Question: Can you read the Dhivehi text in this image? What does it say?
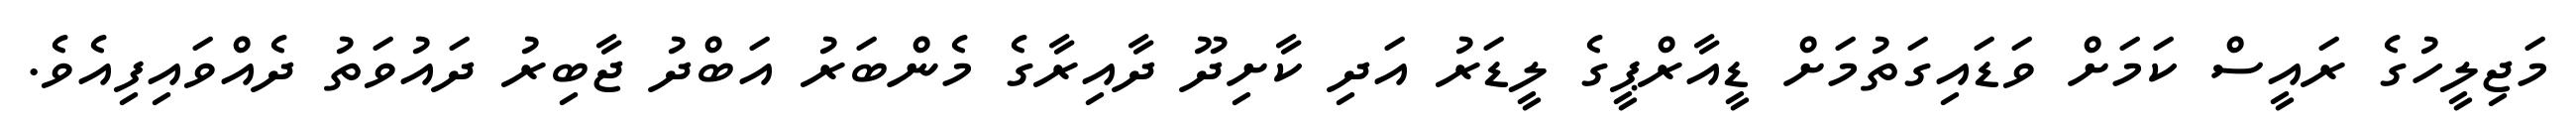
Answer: މަޖިލީހުގެ ރައީސް ކަމަށް ވަޑައިގަތުމަށް ޑީއާރްޕީގެ ލީޑަރު އަދި ކާށިދޫ ދާއިރާގެ މެންބަރު އަބްދު ޖާބިރު ދައުވަތު ދެއްވައިފިއެވެ.